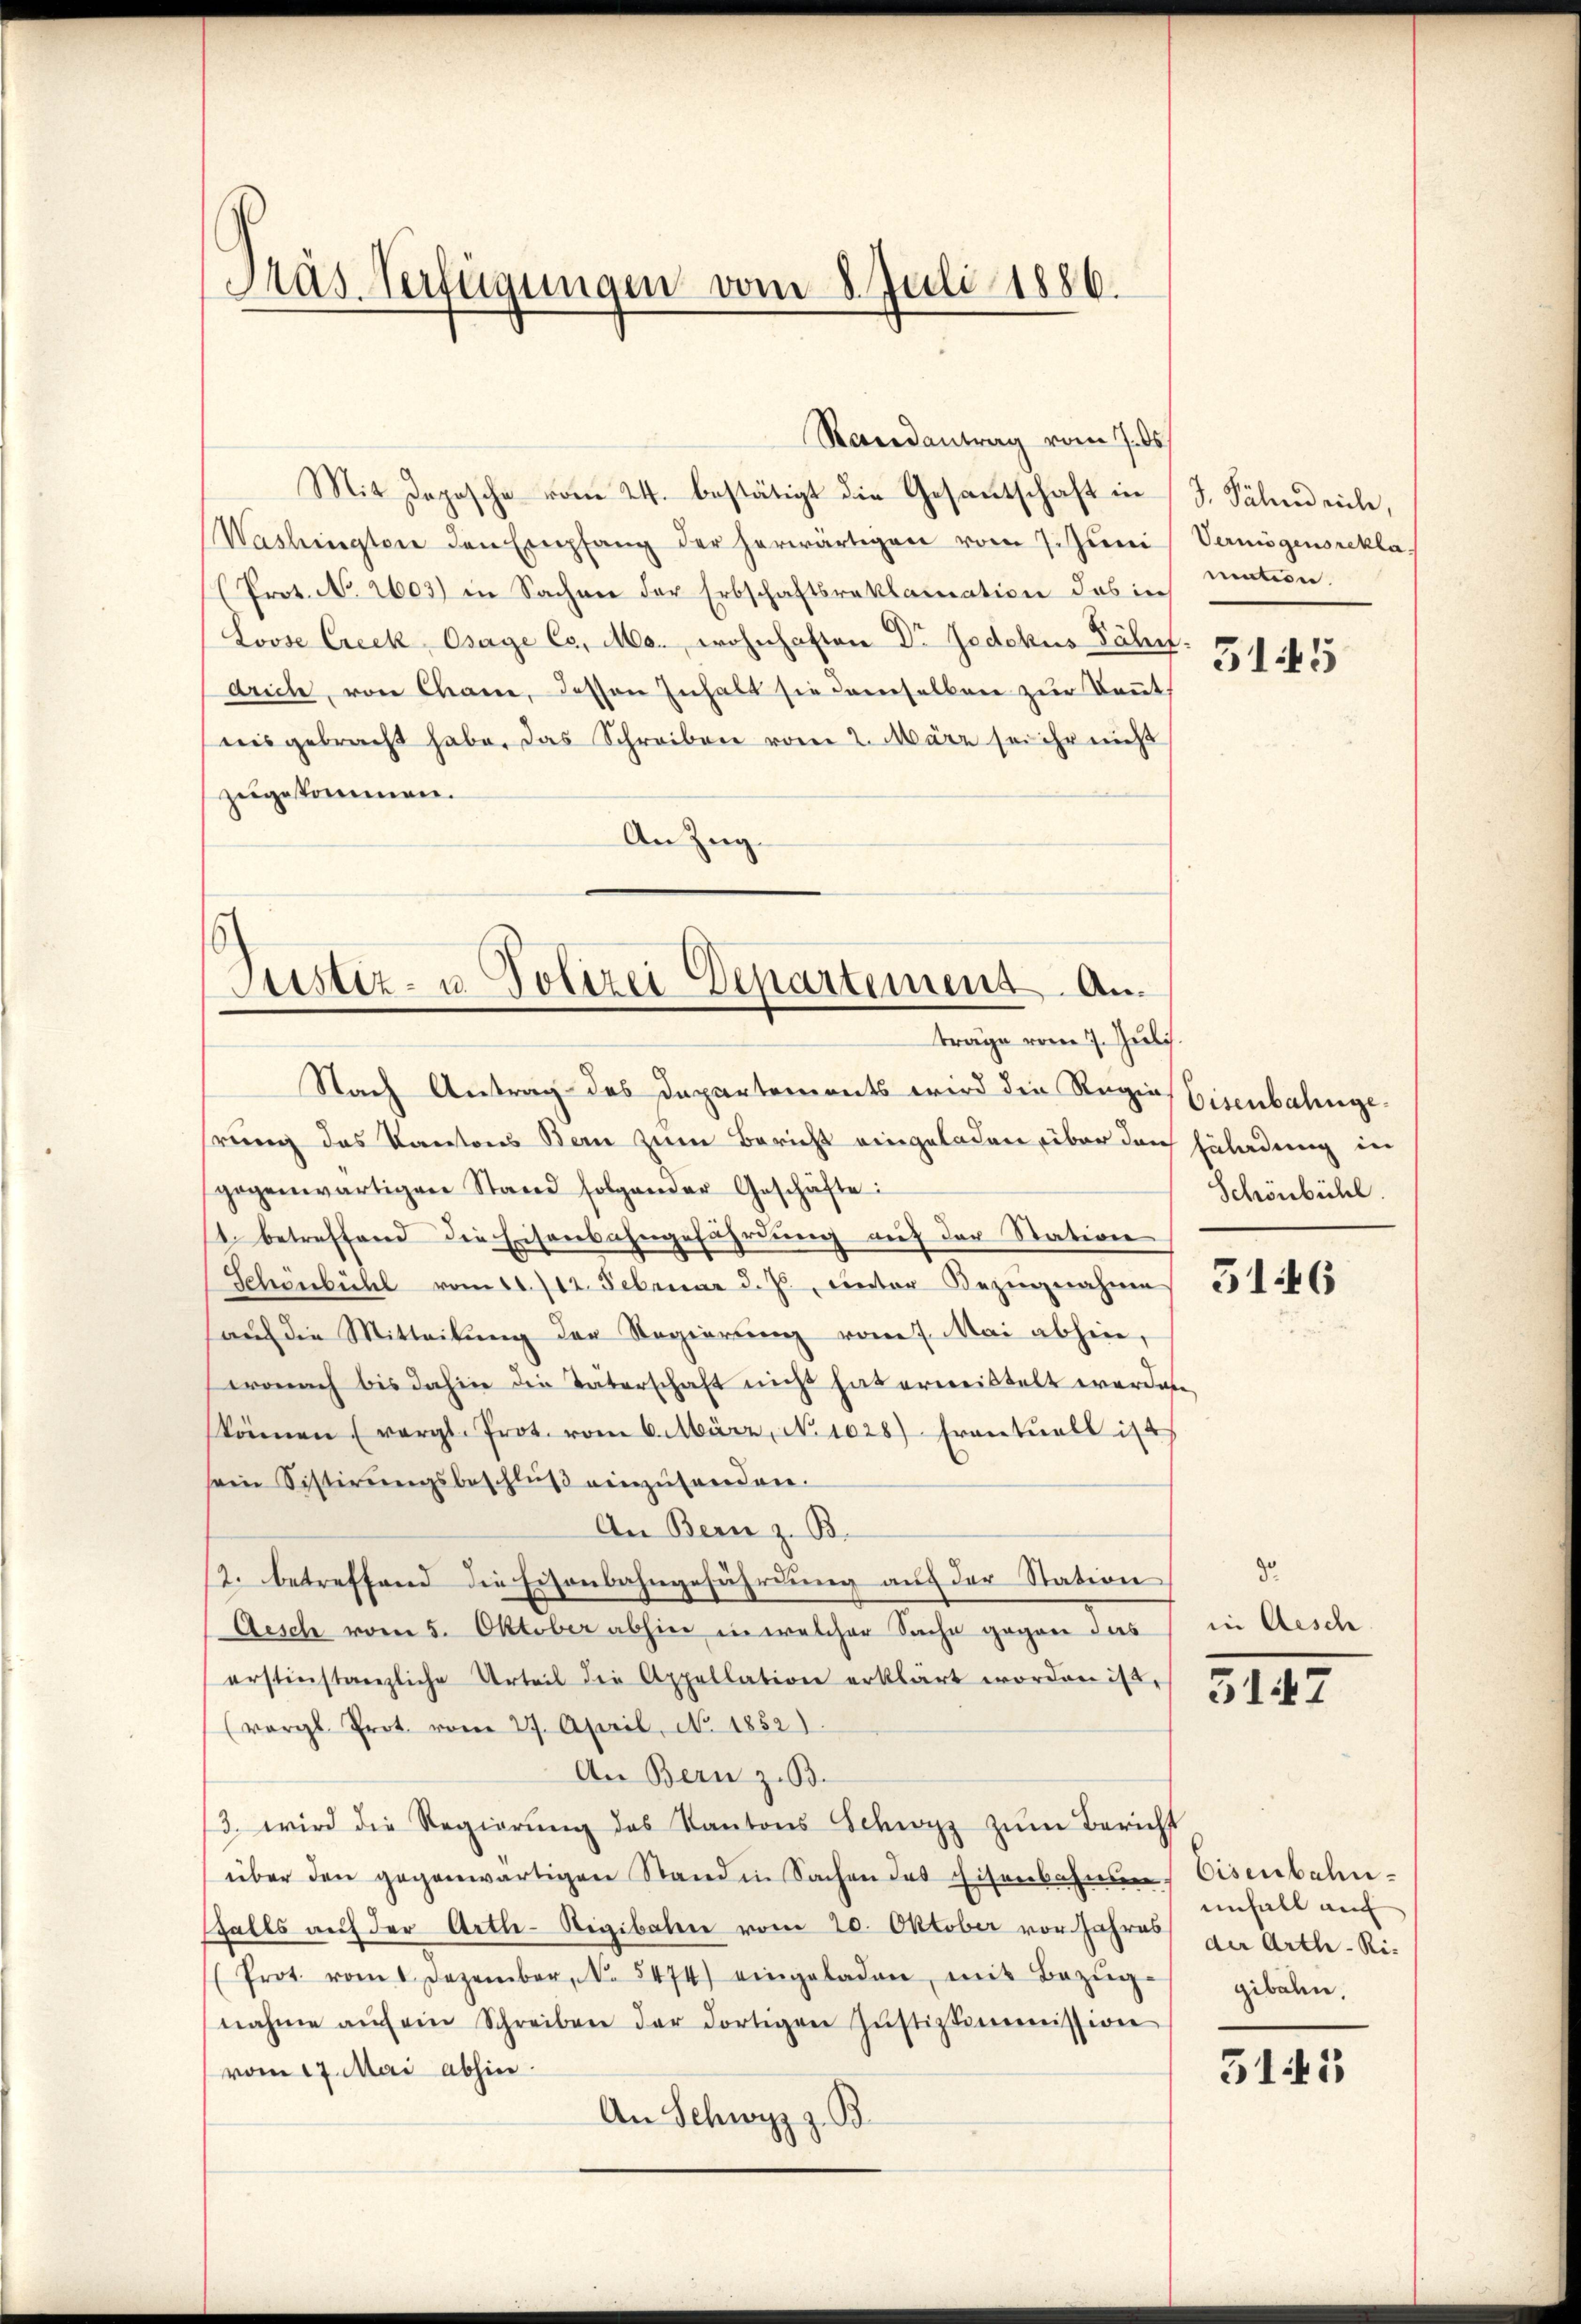
Pras Verfügungen vom 8. Juli 1886.

Randantrag vom 7. ds.
Mit Depesche vom 24. bestätigt die Gesantschaft in J. Fälnd viele,
Washington den Empfang der herwärtigen vom 7. Juni, Vermögensrekla
(Prot. No. 2603) in Sachen der Erbschaftsreklamation des in mation.
Loose Creck, Osage Co. Ms. wohnhaften Dr. Jedekus Jähr-
drich, von Cham, dessen Inhalt sie demselben zur Kennt,
nisgebracht habe. Das Schreiben vom 2. März sei ihr nicht
zugekommen.
An Zug

Justiz- u. Polizei Departement. Anträge vom 7. Juli
Nach Antrag des Departements wird die Regias Eisenbahnge¬

hrung des Kantons Bern zum Bericht eingeladen über den Erladung in
gegenwärtigen Stand folgender Geschäfte:
1. betreffend die Eisenbahngefährdung auf der Station
Schenbühl vom 11./12. Februar d. Js. unter Bezugnahme 551 265
aŭf die Mitteilŭng der Regierŭng vom 7. Mai abhin,
wonach bis dahin die Täterschaft nicht hat erweistelt werden
können (vergl. Prot. vom 6. März, No. 1028). Frantŭall ist
sein Sistirŭngsbeschlŭβ einzŭsenden.
An Bern z. B.
12. betreffend die Eisenbahngefährdung auf der Station
Aesch vom 5. Oktober abhin in welcher Sache gegen das
erstinstanzliche Urteil die Appellation erklärt worden ist,
(vergl. Prot. vom 27. April, No. 1852).
An Bern z. B.
3. wird die Regierŭng des Kantons Schwyz zŭm Bericht
über den gegenwärtigen Stand in Sachen des Eisenbahn Eisenbahn-
sfalls auf der Arth-Rigibalen vom 20. Oktober vor Jahres zu Arth-Ri-
(Prot. vom 1. Dezember, No. 5474) eingeladen, mit Bezŭg-
nahme aŭf ein Schreiben der dortigen Jŭstizkommission
(vom 17. Mai abhin
An Schwyz z. B.

3145

Schönbühl.

30
in Aesch

5147

enfall auf
gibalen.

315